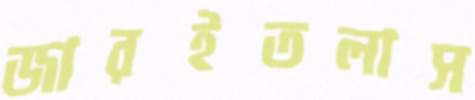
জারইতলাস